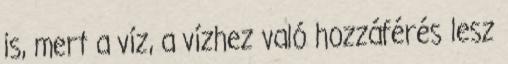
is, mert a víz, a vízhez való hozzáférés lesz